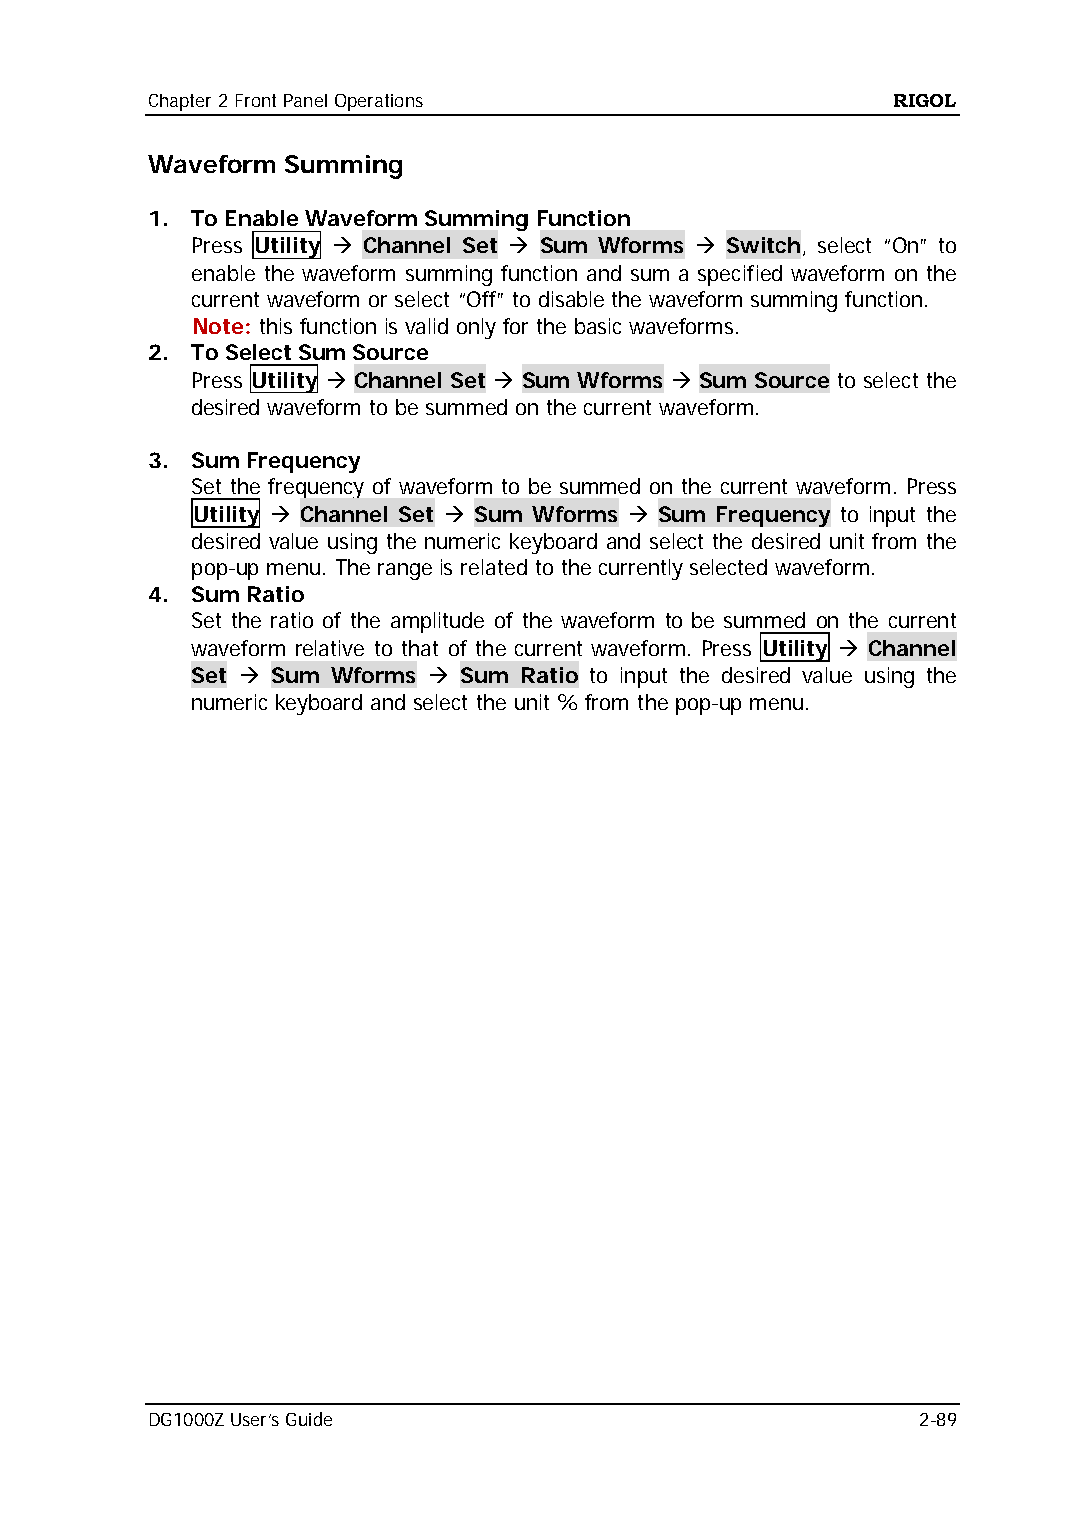
Chapter 2 Front Panel Operations                 RIGOL
 Waveform Summing
 1. To Enable Waveform Summing Function
 Press Utility  Channel Set  Sum Wforms  Switch, select “On” to
 enable the waveform summing function and sum a specified waveform on the
 current waveform or select “Off” to disable the waveform summing function.
 Note: this function is valid only for the basic waveforms.
 2. To Select Sum Source
 Press Utility  Channel Set  Sum Wforms  Sum Source to select the
 desired waveform to be summed on the current waveform.
 3. Sum Frequency
 Set the frequency of waveform to be summed on the current waveform. Press
 Utility  Channel Set  Sum Wforms  Sum Frequency to input the
 desired value using the numeric keyboard and select the desired unit from the
 pop-up menu. The range is related to the currently selected waveform.
 4. Sum Ratio
 Set the ratio of the amplitude of the waveform to be summed on the current
 waveform relative to that of the current waveform. Press Utility  Channel
 Set  Sum Wforms  Sum Ratio to input the desired value using the
 numeric keyboard and select the unit % from the pop-up menu.
 DG1000Z User’s Guide                               2-89